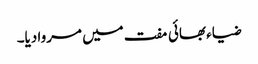
ضیاء بھائی مفت میں مروا دیا۔